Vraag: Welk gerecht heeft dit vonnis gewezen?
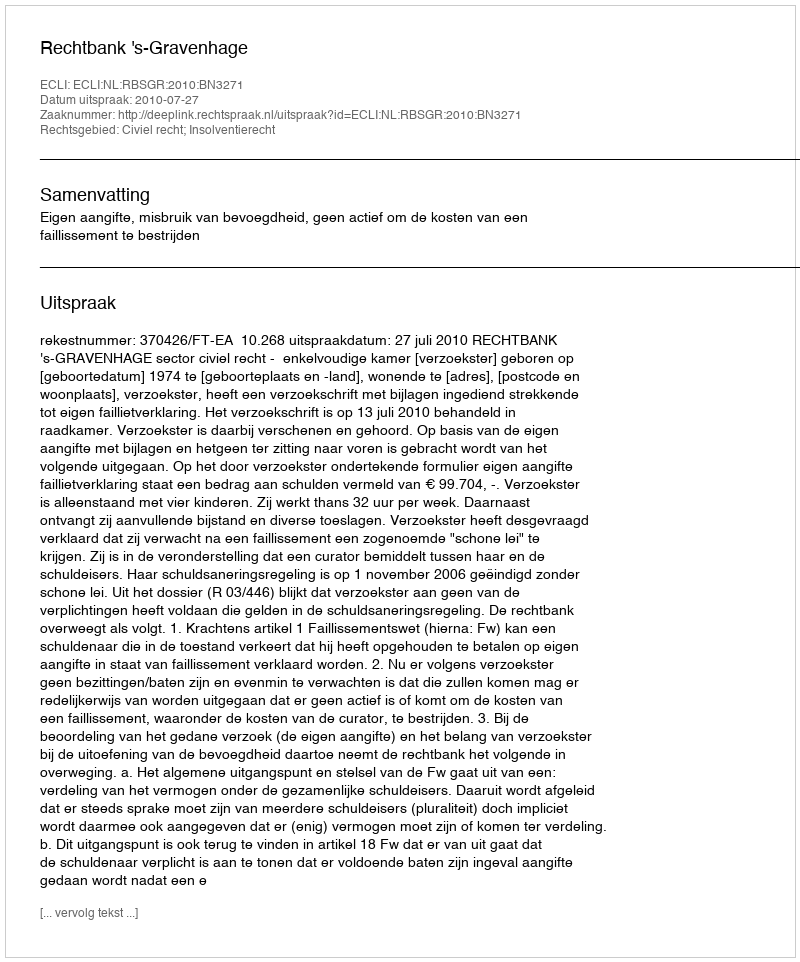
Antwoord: Rechtbank 's-Gravenhage